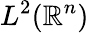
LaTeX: L^{2}(\mathbb{R}^{n})